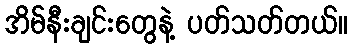
အိမ်နီးချင်းတွေနဲ့ ပတ်သတ်တယ်။